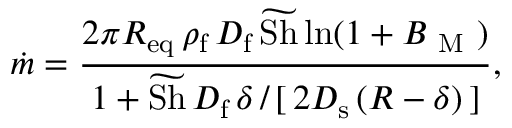
\dot { m } = \frac { 2 \pi R _ { \mathrm { e q } } \, \rho _ { \mathrm { f } } \, D _ { \mathrm { f } } \, \widetilde { \mathrm { S h } } \ln ( 1 + B _ { \mathrm { ~ M ~ } } ) } { 1 + \widetilde { \mathrm { S h } } \, D _ { \mathrm { f } } \, \delta \, / \, [ \, 2 D _ { \mathrm { s } } \, ( R - \delta ) \, ] } ,